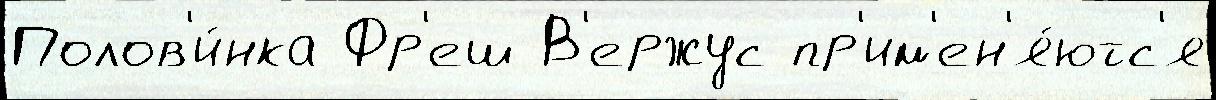
Полов'и́нка Фр'еш В'ержус пр'им'ен'я́ютс'я